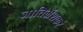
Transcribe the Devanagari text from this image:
जातिभ्रंशकरं